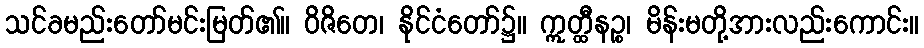
သင်ခမည်းတော်မင်းမြတ်၏။ ဝိဇိတေ၊ နိုင်ငံတော်၌။ ဣတ္ထီနဉ္စ၊ မိန်းမတို့အားလည်းကောင်း။